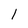
Character: 1